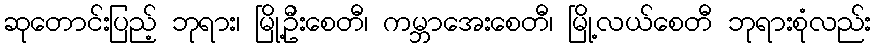
ဆုတောင်းပြည့် ဘုရား၊ မြို့ဦးစေတီ၊ ကမ္ဘာအေးစေတီ၊ မြို့လယ်စေတီ ဘုရားစုံလည်း